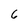
Character: 6